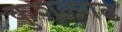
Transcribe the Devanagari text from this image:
कुशलगढ